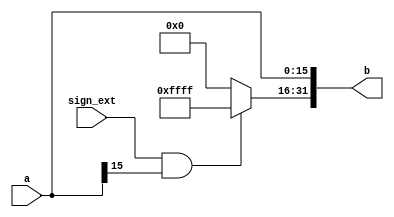
`timescale 1ns / 1ps
//////////////////////////////////////////////////////////////////////////////////
// Company: 
// Engineer: 
// 
// Design Name: 
// Module Name: ext16
// Project Name: 
// Target Devices: 
// Tool Versions: 
// Description: 
// 
// Dependencies: 
// 
// Revision:
// Revision 0.01 - File Created
// Additional Comments:
// 
//////////////////////////////////////////////////////////////////////////////////


module ext16#(parameter depth = 16)(
    input [depth-1:0] a,
    input sign_ext,
    
    output reg [31:0] b
    );

    always@(a or sign_ext)
    begin
        if(sign_ext == 1 && a[depth - 1] == 1)
        begin
            b[31:0] = 32'hffffffff;
            b[depth-1:0] = a[depth-1:0];
        end
        else
        begin
            b[31:0] = 32'h00000000;
            b[depth-1:0] = a[depth-1:0];
        end
    end
endmodule